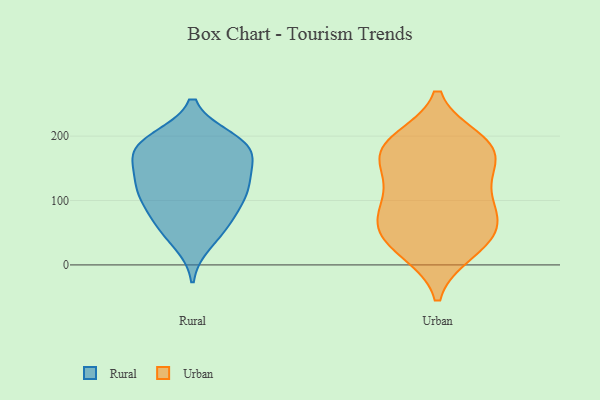
{"axis": {"x": "Temperature (°C)", "y": "Value"}, "legend": ["Rural", "Urban"], "data": [{"x": "", "y": 162, "type": "Rural"}, {"x": "", "y": 116, "type": "Rural"}, {"x": "", "y": 74, "type": "Rural"}, {"x": "", "y": 130, "type": "Rural"}, {"x": "", "y": 104, "type": "Rural"}, {"x": "", "y": 142, "type": "Rural"}, {"x": "", "y": 56, "type": "Rural"}, {"x": "", "y": 187, "type": "Rural"}, {"x": "", "y": 115, "type": "Rural"}, {"x": "", "y": 195, "type": "Rural"}, {"x": "", "y": 186, "type": "Rural"}, {"x": "", "y": 67, "type": "Rural"}, {"x": "", "y": 163, "type": "Rural"}, {"x": "", "y": 188, "type": "Rural"}, {"x": "", "y": 109, "type": "Rural"}, {"x": "", "y": 35, "type": "Rural"}, {"x": "", "y": 184, "type": "Rural"}, {"x": "", "y": 92, "type": "Urban"}, {"x": "", "y": 37, "type": "Urban"}, {"x": "", "y": 122, "type": "Urban"}, {"x": "", "y": 63, "type": "Urban"}, {"x": "", "y": 194, "type": "Urban"}, {"x": "", "y": 184, "type": "Urban"}, {"x": "", "y": 179, "type": "Urban"}, {"x": "", "y": 20, "type": "Urban"}, {"x": "", "y": 184, "type": "Urban"}, {"x": "", "y": 56, "type": "Urban"}, {"x": "", "y": 60, "type": "Urban"}, {"x": "", "y": 186, "type": "Urban"}, {"x": "", "y": 151, "type": "Urban"}, {"x": "", "y": 21, "type": "Urban"}, {"x": "", "y": 77, "type": "Urban"}, {"x": "", "y": 151, "type": "Urban"}, {"x": "", "y": 106, "type": "Urban"}]}